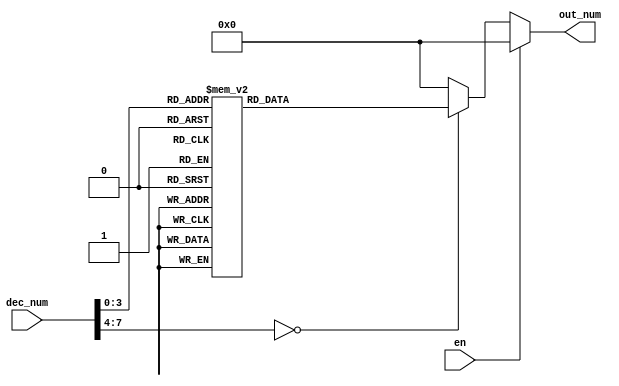
module seg_display(
  input [7:0] dec_num,
  input en,
  output reg [6:0] out_num
);
  always @(*)
    begin
      if(!en) begin 
          case (dec_num)
            8'b00000000:out_num = 7'b1111011;
            8'b00000001:out_num = 7'b0110000;
            8'b00000010:out_num = 7'b1101101;
            8'b00000011:out_num = 7'b1111001;
            8'b00000100:out_num = 7'b0110011;
            8'b00000101:out_num = 7'b1011011;
            8'b00000110:out_num = 7'b1011111;
            8'b00000111:out_num = 7'b1110000;
            8'b00001000:out_num = 7'b1111111;
            8'b00001001:out_num = 7'b1111011;
 	    default: out_num = 7'b0;
          endcase
      end
      else
        out_num = 7'b0;
    end
  
endmodule